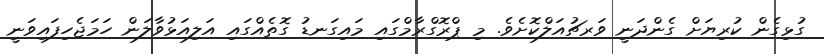
ގުޅިގެން ކުރިޔަށް ގެންދަނީ ވަރޗުއަލްކޮށެވެ. މި ޕްރޮގްރާމްގައި މައިގަނޑު ގޮތެއްގައި އަލިއަޅުވާލަން ހަމަޖެހިފައިވަނީ